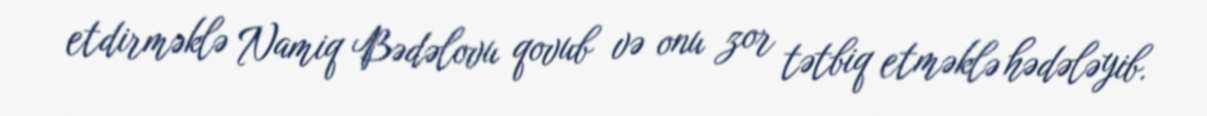
etdirməklə Namiq Bədəlovu qovub və onu zor tətbiq etməklə hədələyib.